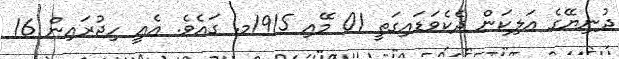
ދުނިޔޭގެ އަލިކަން ދެކެވަޑައިގަތީ 01 މޭއި 1915މ. ގައެވެ. އެއީ ހިޖުރައިން 16